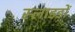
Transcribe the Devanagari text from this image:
स्लाडडों